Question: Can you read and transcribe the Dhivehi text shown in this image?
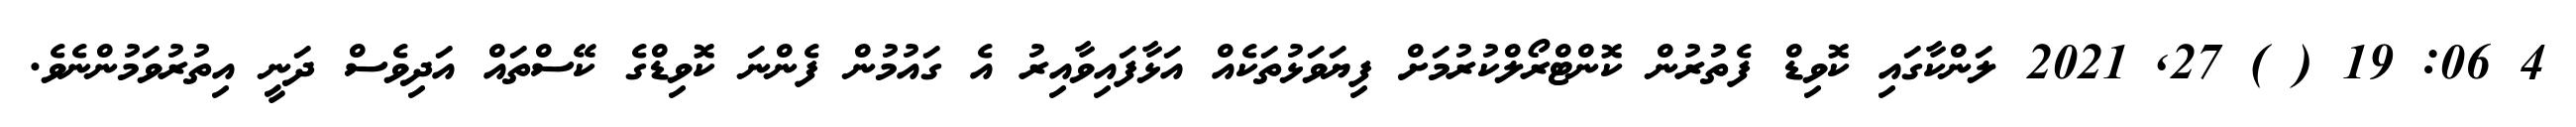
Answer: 4 06: 19 ( ) 27, 2021 ލަންކާގައި ކޮވިޑް ފެތުރުން ކޮންޓްރޯލްކުރުމަށް ފިޔަވަޅުތަކެއް އަޅާފައިވާއިރު އެ ގައުމުން ފެންނަ ކޮވިޑްގެ ކޭސްތައް އަދިވެސް ދަނީ އިތުރުވަމުންނެވެ.